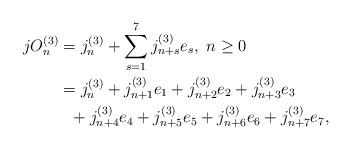
LaTeX: \begin{align*}\begin{aligned}jO_{n}^{(3)}&=j_{n}^{(3)}+\sum_{s=1}^{7}j_{n+s}^{(3)}e_{s},\ n\geq 0\\&=j_{n}^{(3)}+j_{n+1}^{(3)}e_{1}+j_{n+2}^{(3)}e_{2}+j_{n+3}^{(3)}e_{3}\\&\ \ +j_{n+4}^{(3)}e_{4}+j_{n+5}^{(3)}e_{5}+j_{n+6}^{(3)}e_{6}+j_{n+7}^{(3)}e_{7},\end{aligned}\end{align*}